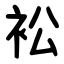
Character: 衳